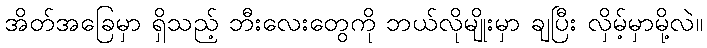
အိတ်အခြေမှာ ရှိသည့် ဘီးလေးတွေကို ဘယ်လိုမျိုးမှာ ချပြီး လှိမ့်မှာမို့လဲ။